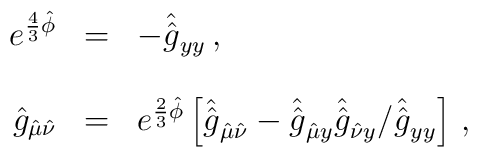
\begin{array}{rcl}e^{\frac{4}{3}\hat{\phi}} & = &- \hat{\hat{g}}_{yy}\, ,\\& & \\\hat{g}_{\hat{\mu}\hat{\nu}} & = & e^{\frac{2}{3}\hat{\phi}}\left[\hat{\hat{g}}_{\hat{\mu}\hat{\nu}} -\hat{\hat{g}}_{\hat{\mu}y}\hat{\hat{g}}_{\hat{\nu}y}/\hat{\hat{g}}_{yy}\right]\, ,\end{array}